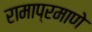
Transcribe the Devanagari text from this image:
रामाप्रमाणे